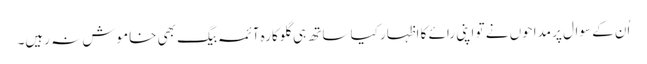
اُن کے سوال پر مداحوں نے تو اپنی رائے کا اظہار کیا ساتھ ہی گلوکارہ آئمہ بیگ بھی خاموش نہ رہیں۔